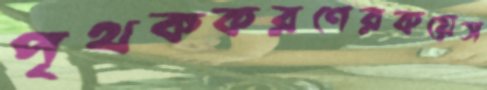
পৃথককরণেরকয়েস